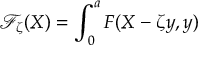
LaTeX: \mathcal { F } _ { \zeta } ( X ) = \int _ { 0 } ^ { a } { F ( X - \zeta y , y ) } \d y